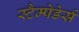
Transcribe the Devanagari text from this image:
स्टैम्पेडेर्स